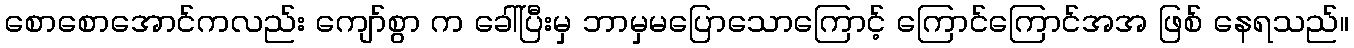
စောစောအောင်ကလည်း ကျော်စွာ က ခေါ်ပြီးမှ ဘာမှမပြောသောကြောင့် ကြောင်ကြောင်အအ ဖြစ် နေရသည်။